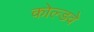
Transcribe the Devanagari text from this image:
कोल्डवे